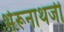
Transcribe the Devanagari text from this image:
भेरूनाथजी